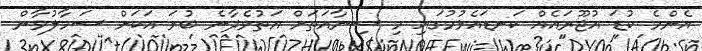
އެންމެ ކުޑަ އުޖޫރައެއް ކަނޑައެޅުމުގައި މި ސިނާއަތަށް އަތުވެދާނެ ބުރަ އަކަށް ސަމާލުވާން